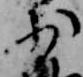
少